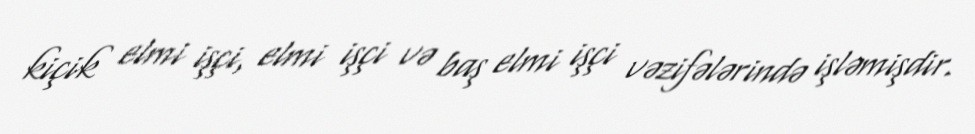
kiçik elmi işçi, elmi işçi və baş elmi işçi vəzifələrində işləmişdir.